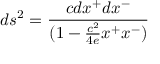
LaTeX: d s ^ { 2 } = { \frac { c d x ^ { + } d x ^ { - } } { ( 1 - { \frac { c ^ { 2 } } { 4 e } } x ^ { + } x ^ { - } ) } }